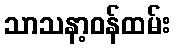
သာသနာ့ဝန်ထမ်း